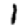
Digit: 1